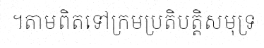
។តាមពិតទៅក្រមប្រតិបត្តិសមុទ្រ